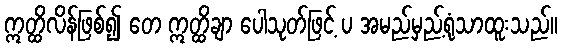
ဣတ္ထိလိန်ဖြစ်၍ တေ ဣတ္ထိချာ ပေါသုတ်ဖြင့် ပ အမည်မှည့်ရုံသာထူးသည်။